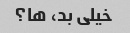
خیلی بد، ها؟